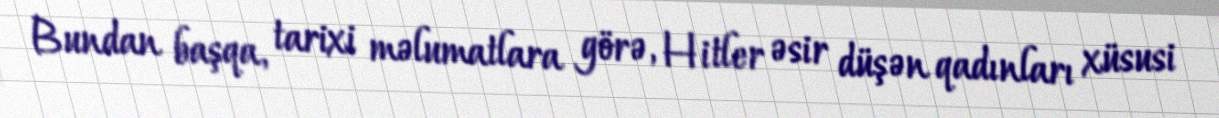
Bundan başqa, tarixi məlumatlara görə, Hitler əsir düşən qadınları xüsusi